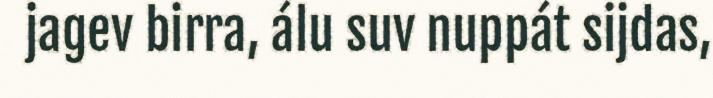
jagev birra, álu suv nuppát sijdas,